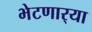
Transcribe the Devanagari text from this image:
भेटणार्‍या